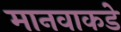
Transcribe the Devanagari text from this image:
मानवाकडे